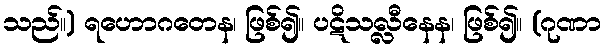
သည်။) ရဟောဂတေန၊ ဖြစ်၍။ ပဋိသလ္လီနေန၊ ဖြစ်၍။ (ဂုဏာ